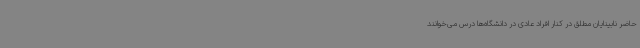
حاضر نابینایان مطلق در کنار افراد عادی در دانشگاه‌ها درس می‌خوانند